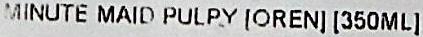
MINUTE MAID PULPY [OREN] [350ML]